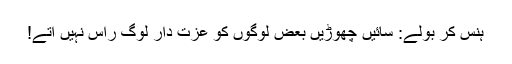
ہنس کر بولے: سائیں چھوڑیں بعض لوگوں کو عزت دار لوگ راس نہیں آتے!